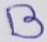
Text: B